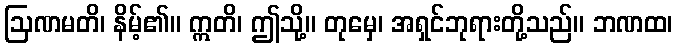
ဩဏမတိ၊ နိမ့်၏။ ဣတိ၊ ဤသို့။ တုမှေ၊ အရှင်ဘုရားတို့သည်။ ဘဏထ၊